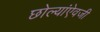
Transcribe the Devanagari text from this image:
छोल्यांऐवजी